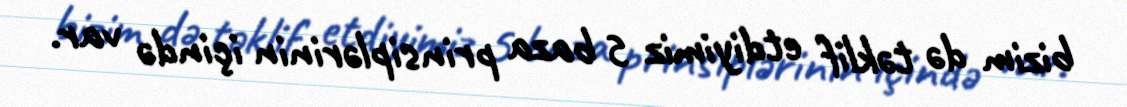
bizim də təklif etdiyimiz 5 baza prinsiplərinin içində var.